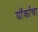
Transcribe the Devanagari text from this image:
यॉर्काचा